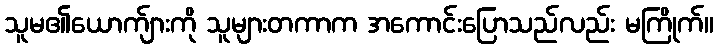
သူမ၏ယောက်ျားကို သူများတကာက အကောင်းပြောသည်လည်း မကြိုက်။